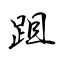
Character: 跙